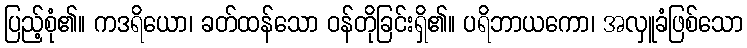
ပြည့်စုံ၏။ ကဒရိယော၊ ခတ်ထန်သော ဝန်တိုခြင်းရှိ၏။ ပရိဘာယကော၊ အလှူခံဖြစ်သော